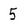
Character: 5